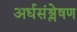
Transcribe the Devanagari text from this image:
अर्धसंश्लेषण